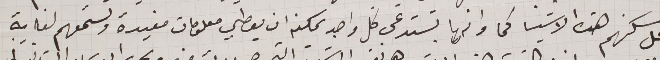
محل سكنهم هذه الاشيا كما وانها تستدعى كل واحد يمكنه ان يعطي معلومات مفيدة وتستمعهم لغاية